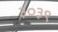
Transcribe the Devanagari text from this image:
३०३९